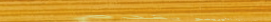
مطعم بيتزا الأورينو يقدم